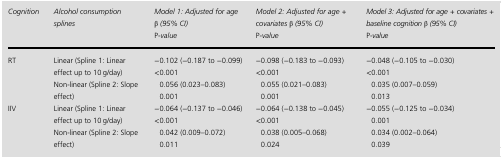
| Cognition | Alcohol consumption splines | Model 1: Adjusted for age β (95% CI) P-value | Model 2: Adjusted for age + covariates β (95% CI) P-value | Model 3: Adjusted for age + covariates + baseline cognition β (95% CI) P-value |
 | --- | --- | --- | --- | --- |
 | <ROWSPAN=4> RT | <ROWSPAN=2> Linear (Spline 1: Linear effect up to 10 g/day) | −0.102 (−0.187 to −0.099) | −0.098 (−0.183 to −0.093) | −0.048 (−0.105 to −0.030) |
 | <0.001 | <0.001 | <0.001 |
 | <ROWSPAN=2> Non-linear (Spline 2: Slope effect) | 0.056 (0.023–0.083) | 0.055 (0.021–0.083) | 0.035 (0.007–0.059) |
 | 0.001 | 0.001 | 0.013 |
 | <ROWSPAN=4> IIV | <ROWSPAN=2> Linear (Spline 1: Linear effect up to 10 g/day) | −0.064 (−0.137 to −0.046) | −0.064 (−0.138 to −0.045) | −0.055 (−0.125 to −0.034) |
 | <0.001 | <0.001 | 0.001 |
 | <ROWSPAN=2> Non-linear (Spline 2: Slope effect) | 0.042 (0.009–0.072) | 0.038 (0.005–0.068) | 0.034 (0.002–0.064) |
 | 0.011 | 0.024 | 0.039 |